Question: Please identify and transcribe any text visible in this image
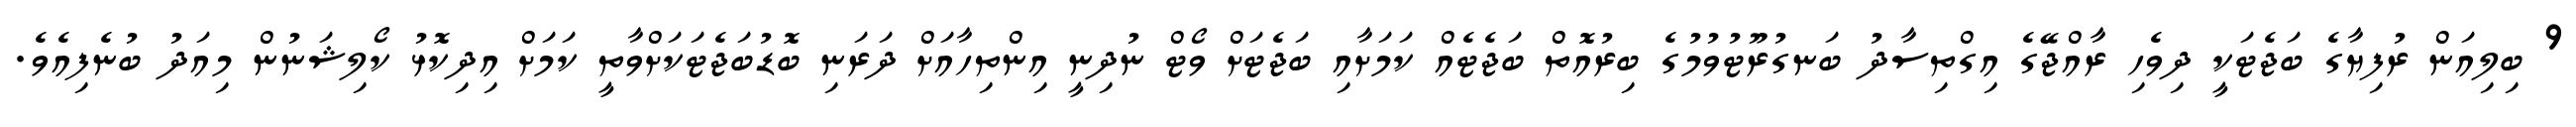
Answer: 9 ބިލިއަން ރުފިޔާގެ ބަޖެޓަކީ ދިވެހި ރާއްޖޭގެ އިގްތިސާދު ބަނގުރޫޓުވުމުގެ ބިރުއޮތް ބަޖެޓެއް ކަމަށާއި ބަޖެޓަށް ވޯޓް ނުދިނީ އިންތިހާއަށް ދަރަނި ބޮޑުބަޖެޓަކަށްވާތީ ކަމަށް އިދިކޮޅު ކޯލިޝަނުން މިއަދު ބުނެފިއެވެ.